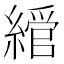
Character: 𦄮